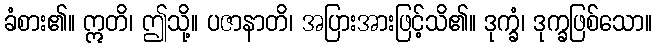
ခံစား၏။ ဣတိ၊ ဤသို့။ ပဇာနာတိ၊ အပြားအားဖြင့်သိ၏။ ဒုက္ခံ၊ ဒုက္ခဖြစ်သော။